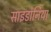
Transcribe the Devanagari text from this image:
साइडोनिया